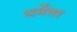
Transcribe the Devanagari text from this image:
धर्मेतर